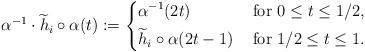
LaTeX: \begin{align*}\alpha^{-1}\cdot \widetilde{h}_i\circ\alpha(t):= \left\{\begin{aligned}& \alpha^{-1}(2t)&\mbox{ for } 0\leq t\leq 1/2,\\& \widetilde{h}_i\circ\alpha(2t-1) &\mbox{ for } 1/2\leq t\leq 1.\end{aligned}\right.\end{align*}